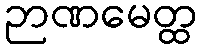
ဉာဏမေတ္ထ